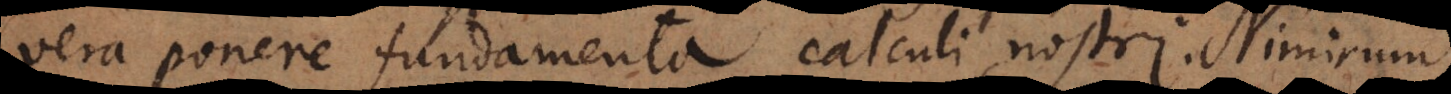
vera ponere fundamenta calculi nostri.